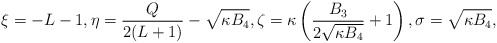
\begin{align*} \xi = -L-1, \eta = \frac{Q}{2(L+1)} - \sqrt{\kappa B_4}, \zeta = \kappa \left(\frac{B_3}{2\sqrt{\kappa B_4}} + 1\right), \sigma = \sqrt{\kappa B_4},\end{align*}